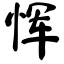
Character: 恽